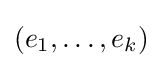
(e_{1},\ldots ,e_{k})